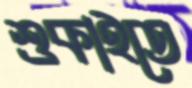
শুকাইতে